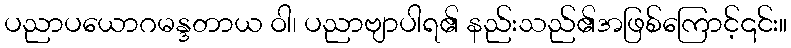
ပညာပယောဂမန္ဒတာယ ဝါ၊ ပညာဗျာပါရ၏ နည်းသည်၏အဖြစ်ကြောင့်၎င်း။